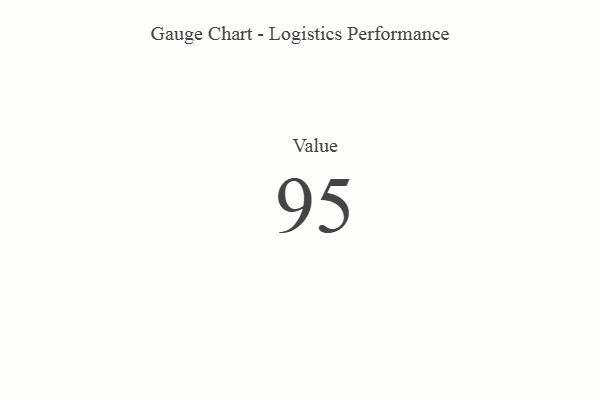
{"axis": {"x": "Metric", "y": "Value"}, "legend": [""], "data": [{"x": "Value", "y": 95, "type": ""}]}